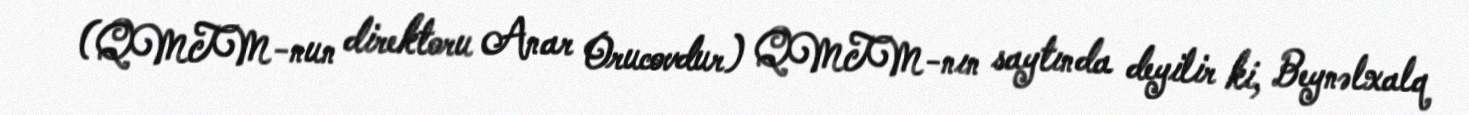
(QMTM-nun direktoru Anar Orucovdur) QMTM-nın saytında deyilir ki, Beynəlxalq